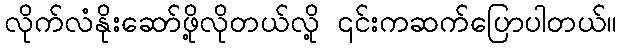
လိုက်လံနိုးဆော်ဖို့လိုတယ်လို့ ၎င်းကဆက်ပြောပါတယ်။